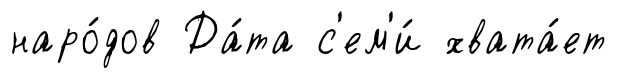
наро́дов Да́та с'ем'и́ хвата́ет